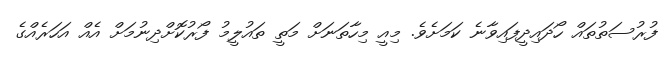
ފުރުސަތުތައް ހޯދައިދީފައިވާނެ ކަމަށެވެ. މިއީ މިހާތަނަށް މަތީ ތައުލީމު ފޯރުކޮށްދިނުމަށް އެއް އަހަރެއްގެ